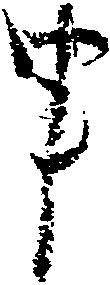
申